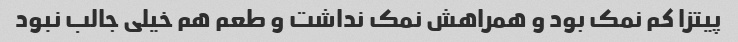
پیتزا کم نمک بود و همراهش نمک نداشت و طعم هم خیلی جالب نبود